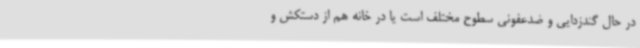
در حال گندزدایی و ضدعفونی سطوح مختلف است یا در خانه هم از دستکش و